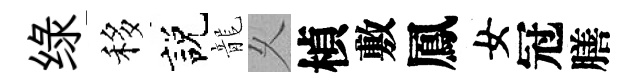
绿移説龍乆楨敷鳳女冠膳